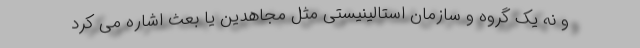
و نه یک گروه و سازمان استالینیستی مثل مجاهدین یا بعث اشاره می کرد